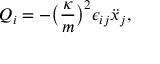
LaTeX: Q _ { i } = - \big ( \frac { \kappa } { m } \big ) ^ { 2 } \epsilon _ { i j } \ddot { x } _ { j } ,